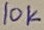
Text: 10k